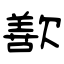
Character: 歚